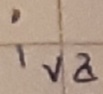
Text: iva